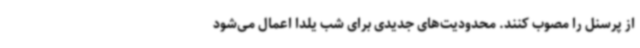
از پرسنل را مصوب کنند. محدودیت‌های جدیدی برای شب یلدا اعمال می‌شود